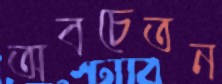
অবচেতন